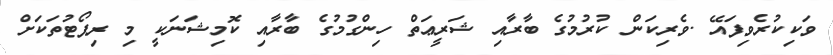
ވަކިކުރެވިފައޭ .ވެރިކަން ކުރުމުގެ ބާރާއި ޝަރީޢަތް ހިންގުމުގެ ބާރާއި ކޮމިޝަނަކީ މި ރިޕޯޓުތަކަށް